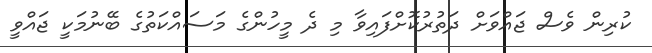
ކުރިން ވެސް ޖައްވަށް ދަތުރުކޮށްފައިވާ މި ދެ މީހުންގެ މަސައްކަތުގެ ބޭނުމަކީ ޖައްވީ